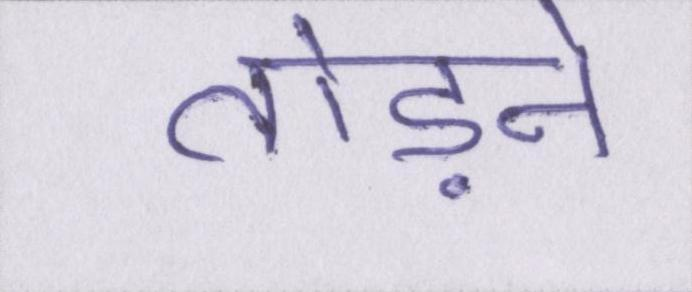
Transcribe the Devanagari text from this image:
तोड़ने